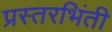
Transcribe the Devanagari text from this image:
प्रस्तरभिंती